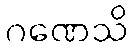
ဂဏေသိ